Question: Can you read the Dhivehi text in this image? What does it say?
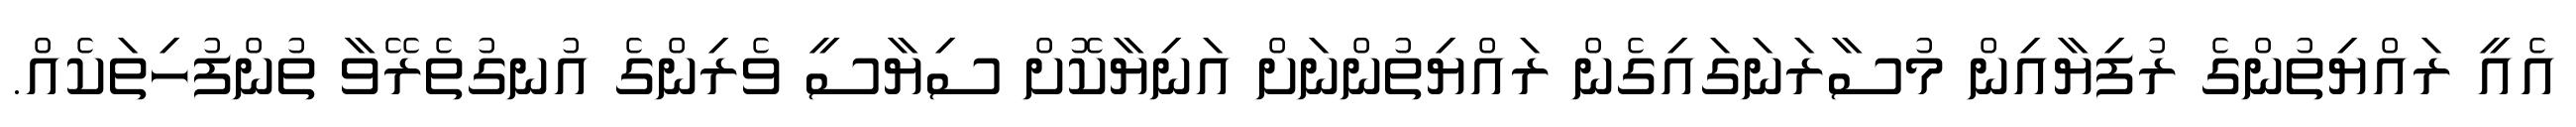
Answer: އެއީ ރައްޔިތުންގެ ރުފިޔާއިން މުސާރަނަގައިގެން ރައްޔިތުންނަށް އަނިޔާކޮށް ސިޔާސީ ވެރިންގެ އުނގުތެރޭވާ ތުންފުހިތަކެއް.